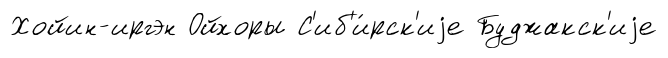
Хойин-иргэн Ойхоры С'иб'и́рск'иjе Буджакск'иjе